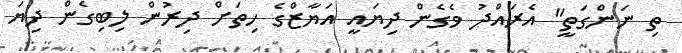
ތި ނަންގަތީ" އެރައްދު ވެގެން ދިޔައީ އަޔާޒްގެ ހިތަށް ދިރުން ލިބިގެން ދިޔަ